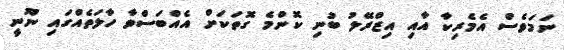
ނަމަވެސް އެމެރިކާ އާއި އިޒްރޭލު ބުނި ކޮންމެ ގޮތަކަށް އެއްބަސްވާ ހާލަތެއްގައި ނޫނީ